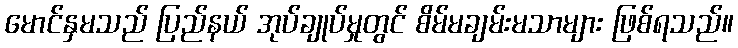
မောင်နှမသည် ပြည်နယ် အုပ်ချုပ်မှုတွင် စိမ်မချမ်းမသာများ ဖြစ်ရသည်။